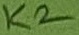
Text: K2